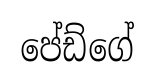
පේඩ්ගේ